Lunatic asylums United Provinces 1909-1921 - 1909-1921
Year: 1909
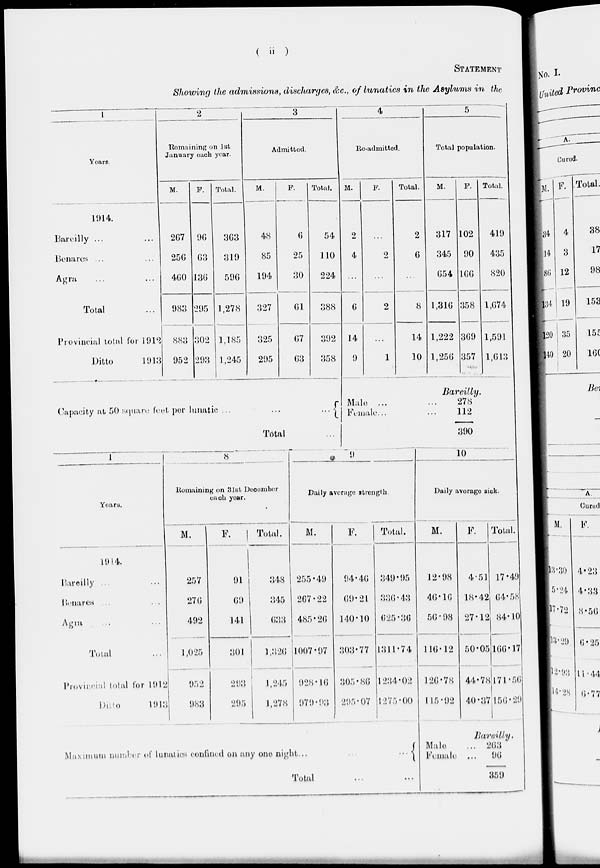
( ii )
STATEMENT
Showing the admissions, discharges, &c, of lunatics in the Asylums in the
1
Years.
1914.
Bareilly ... ...
Benares ... ...
Agra ... ...
Total ... ...
Provincial total for 1912
Ditto
1913
2
Remaining on 1st
January each year.
M.
267
256
460
983
883
952
F.
96
63
136
295
302
293
Total.
363
319
596
1,278
1,185
1,245
3
Admitted.
M.
48
85
194
327
325
295
F.
6
25
30
61
67
63
Total.
54
110
224
388
392
358
4
Re-admitted.
M.
2
4
...
6
14
9
F.
...
2
...
2
...
1
Total.
2
6
...
8
14
10
5
Total population.
M.
317
345
654
1,316
1,222
1,256
F.
102
90
166
358
369
357
Total.
419
435
820
1,674
1,591
1,613
Bareilly.
Capacity at 50 square feet per lunatic ...
...
...
Total ...
Male ...
Female...
278
112
390
1
Years.
1914.
Bareilly ... ...
Benares ... ...
Agra ... ...
Total ...
Provincial total for 1912
Ditto
1913
8
Remaining on 31st December
each year.
M.
257
276
492
1,025
952
983
F.
91
69
141
301
293
295
Total.
348
345
633
1,326
1,245
1,278
9
Daily average strength.
M.
255.49
267.22
485.26
1007.97
928.16
979.93
F.
94.46
69.21
140.10
303.77
305.86
295.07
Total.
349.95
336.43
625.36
1314.74
1234.02
1275.00
10
Daily average sick.
M.
12.98
46.16
56.98
116.12
126.78
115.92
F.
4.51
18.42
27.12
50.05
44.78
40.37
Total.
17.49
64.58
84.10
166.17
171.56
156.29
Bareilly.
Maximum number of lunatics confined on any one night... ...
Total ... ...
Male
Female
... 263
...
96
359